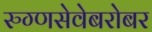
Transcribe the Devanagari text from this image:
रुग्णसेवेबरोबर